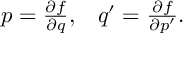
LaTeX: \begin{array} { l l } { { p = { \frac { \partial f } { \partial q } } , } } & { { q ^ { \prime } = { \frac { \partial f } { \partial p ^ { \prime } } } . } } \end{array}